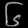
Digit: ၆